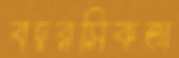
বদরসিকতা